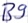
Text: B9